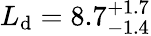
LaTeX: L_{\mathrm{d}}=8.7_{-1.4}^{+1.7}